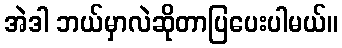
အဲဒါ ဘယ်မှာလဲဆိုတာပြပေးပါမယ်။